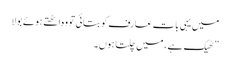
میں یہی بات عارف کو بتائی تو وہ اٹھتے ہوئے بولا
” ٹھیک ہے ، میں چلتا ہوں ۔